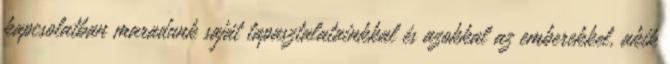
kapcsolatban maradunk saját tapasztalatainkkal és azokkal az emberekkel, akik